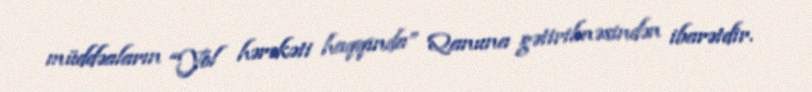
müddəaların “Yol hərəkəti haqqında” Qanuna gətirilməsindən ibarətdir.